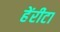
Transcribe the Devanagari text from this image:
हेंरीटा